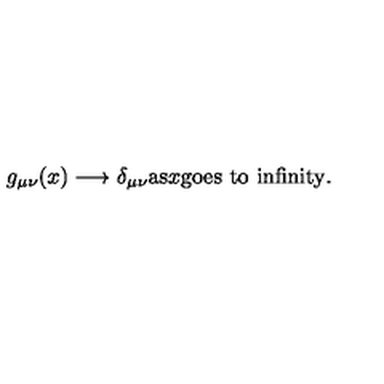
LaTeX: g _ { \mu \nu } ( x ) \longrightarrow \delta _ { \mu \nu } \mathrm { a s } x \mathrm { g o e s \ t o \ i n f i n i t y . }